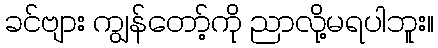
ခင်ဗျား ကျွန်တော့်ကို ညာလို့မရပါဘူး။